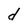
Character: d